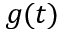
g ( t )